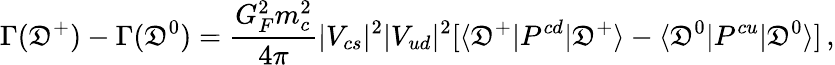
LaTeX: \Gamma(\mathfrak{D}^{+})-\Gamma(\mathfrak{D}^{0})=\frac{{G_{F}^{2}m_{c}^{2}}}{{4\pi}}|V_{cs}|^{2}|V_{ud}|^{2}[\langle\mathfrak{D}^{+}|P^{cd}|\mathfrak{D}^{+}\rangle-\langle\mathfrak{D}^{0}|P^{cu}|\mathfrak{D}^{0}\rangle]\, ,